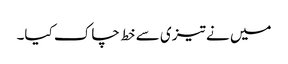
میں نے تیزی سے خط چاک کیا۔